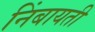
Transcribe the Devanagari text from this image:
निंबायती